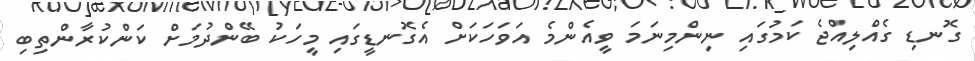
ގޮނޑި ގެއްލިއްޖެ ކަމުގައި ނިންމިނަމަ ވީއެންމެ އަވަހަކަށް އެގޮނޑީގައި މީހަކު ބޭންދުމަށް ކަންކުރާންތިބި